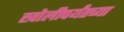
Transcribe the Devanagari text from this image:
खोलीपर्यंतच्या